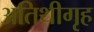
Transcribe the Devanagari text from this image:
अतिथीगृह